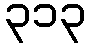
၃၁၃